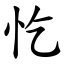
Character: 忔